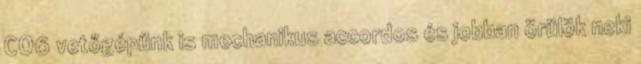
CO6 vetőgépünk is mechanikus accordos és jobban örülök neki